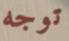
توجه